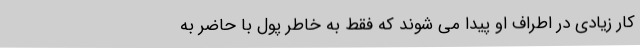
کار زیادی در اطراف او پیدا می شوند که فقط به خاطر پول با حاضر به